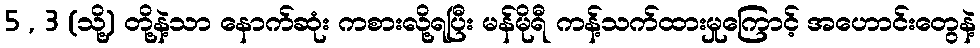
5 , 3 (သို့) တို့နဲ့သာ နောက်ဆုံး ကစားလို့ရပြီး မန်မိုရီ ကန့်သက်ထားမှုကြောင့် အဟောင်းတွေနဲ့